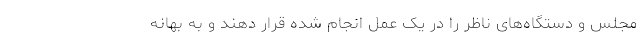
مجلس و دستگاه‌های ناظر را در یک عمل انجام شده قرار دهند و به بهانه